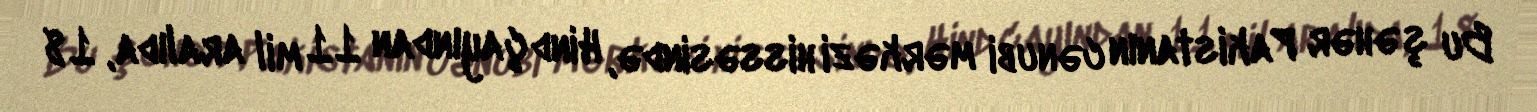
Bu şəhər Pakistanın cənubi mərkəzi hissəsində, Hind çayından 11 mil aralıda, 18